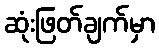
ဆုံးဖြတ်ချက်မှာ